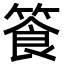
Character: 篒